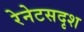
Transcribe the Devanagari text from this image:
रेनेटसदृश